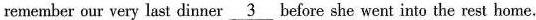
remember our very last dinner \underline{3} before she went into the rest home.